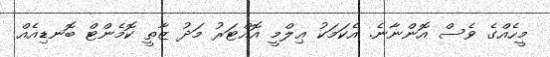
މީހެއްގެ ވެސް އޮންނާނެ. އެކަމަކު ޢިލްމީ އޮއްޓަރު މަދު ޒާތީ ކޮމެންޓް ބޮނޑިއެއް